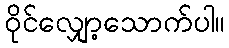
ဝိုင်လျှော့သောက်ပါ။